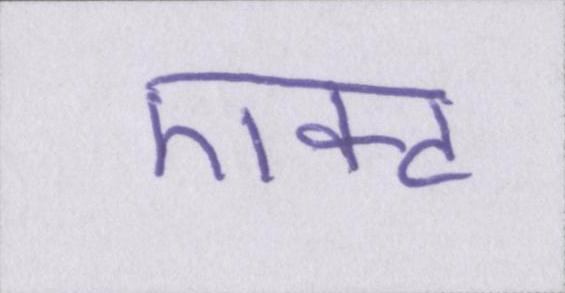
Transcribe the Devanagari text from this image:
एक्ट